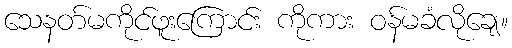
သေနတ်မကိုင်ဖူးကြောင်း ကိုကား ဝန်မခံလိုချေ။